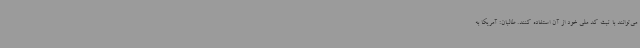
می‌توانند با ثبت کد ملی خود از آن استفاده کنند. طالبان: آمریکا به